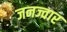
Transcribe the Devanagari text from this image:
जनज्वार